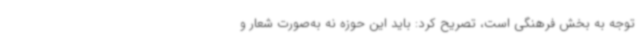
توجه به بخش فرهنگی است، تصریح کرد: باید این حوزه نه به‌صورت شعار و